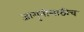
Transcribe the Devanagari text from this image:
जागृतीसाठीच